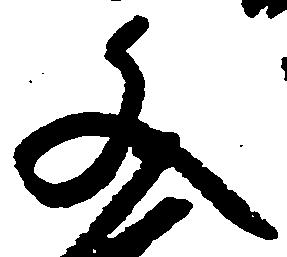
文